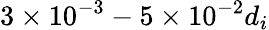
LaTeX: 3\times 10^{-3}-5\times 10^{-2}d_{i}